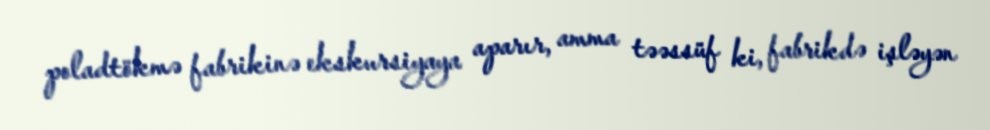
poladtökmə fabrikinə ekskursiyaya aparır, amma təəssüf ki, fabrikdə işləyən